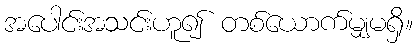
အပေါင်းအသင်းဟူ၍ တစ်ယောက်မျှမရှိ။